Indian journal of veterinary science and animal husbandry - Volumes 26-27, 1956-1957
Year: 1956
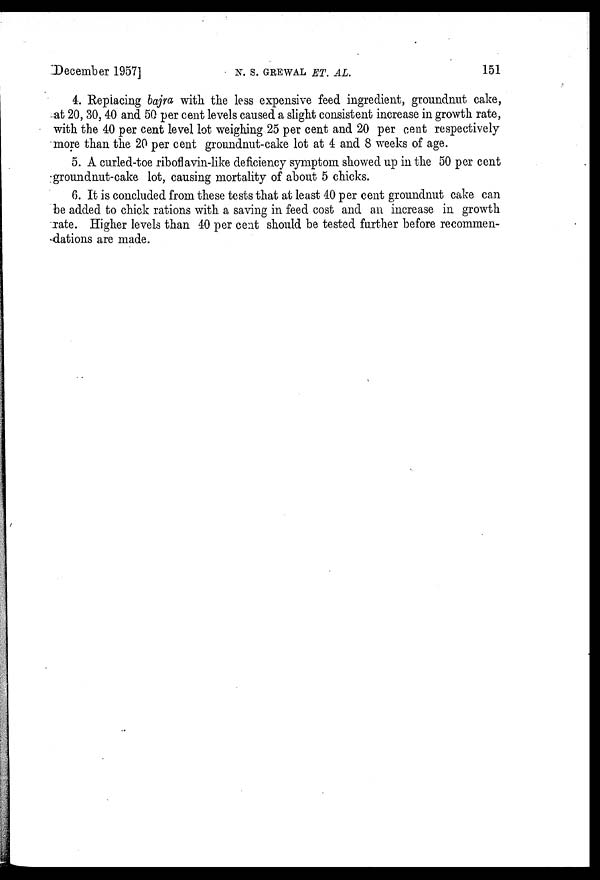
December 1957]
N.
S.
GREWAL
ET.
AL.
151
4. Repiacing bajra with the less expensive feed ingredient, groundnut cake,
at 20, 30, 40 and 50 per cent levels caused a slight consistent increase in growth rate,
with the 40 per cent level lot weighing 25 per cent and 20 per cent respectively
more than the 20 per cent groundnut-cake lot at 4 and 8 weeks of age.
5. A curled-toe riboflavin-like deficiency symptom showed up in the 50 per cent
groundnut-cake lot, causing mortality of about 5 chicks.
6. It is concluded from these tests that at least 40 per cent groundnut cake can
be added to chick rations with a saving in feed cost and an increase in growth
rate. Higher levels than 40 per cent should be tested further before recommen-
dations are made.